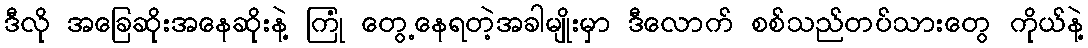
ဒီလို အခြေဆိုးအနေဆိုးနဲ့ ကြုံ တွေ့နေရတဲ့အခါမျိုးမှာ ဒီလောက် စစ်သည်တပ်သားတွေ ကိုယ်နဲ့